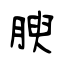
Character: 腴